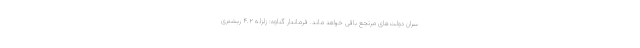
سران دولت‌های مرتجع باقی خواهد ماند. فرماندار گناوه: زلزله ۴.۲ ریشتری